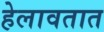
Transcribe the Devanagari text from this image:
हेलावतात